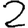
Digit: 2